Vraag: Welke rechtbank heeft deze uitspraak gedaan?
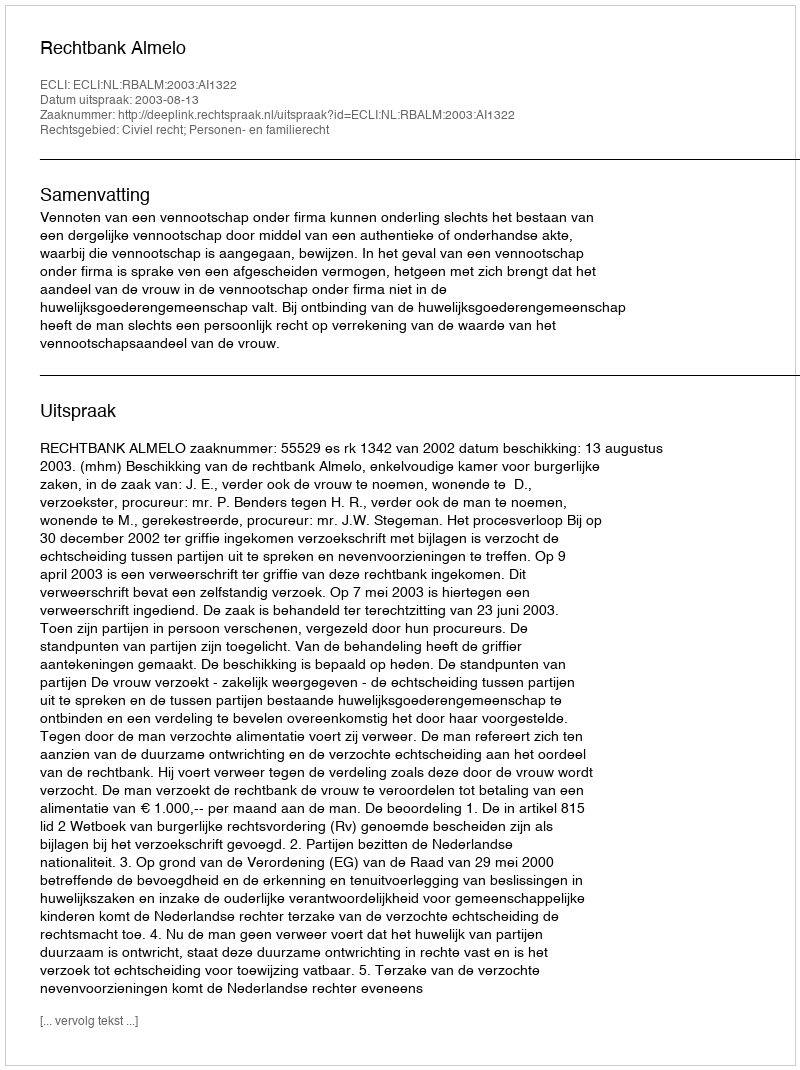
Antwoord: Rechtbank Almelo